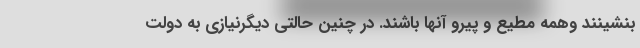
بنشینند وهمه مطیع و پیرو آنها باشند. در چنین حالتی دیگرنیازی به دولت